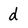
Character: d